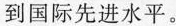
到国际先进水平。